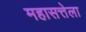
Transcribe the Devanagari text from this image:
महासत्तेला